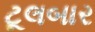
ટૂલબાર